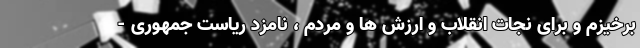
برخیزم و برای نجات انقلاب و ارزش ها و مردم ، نامزد ریاست جمهوری -